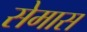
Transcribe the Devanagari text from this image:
सेमास